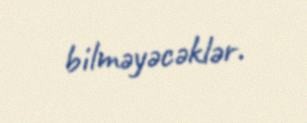
bilməyəcəklər.